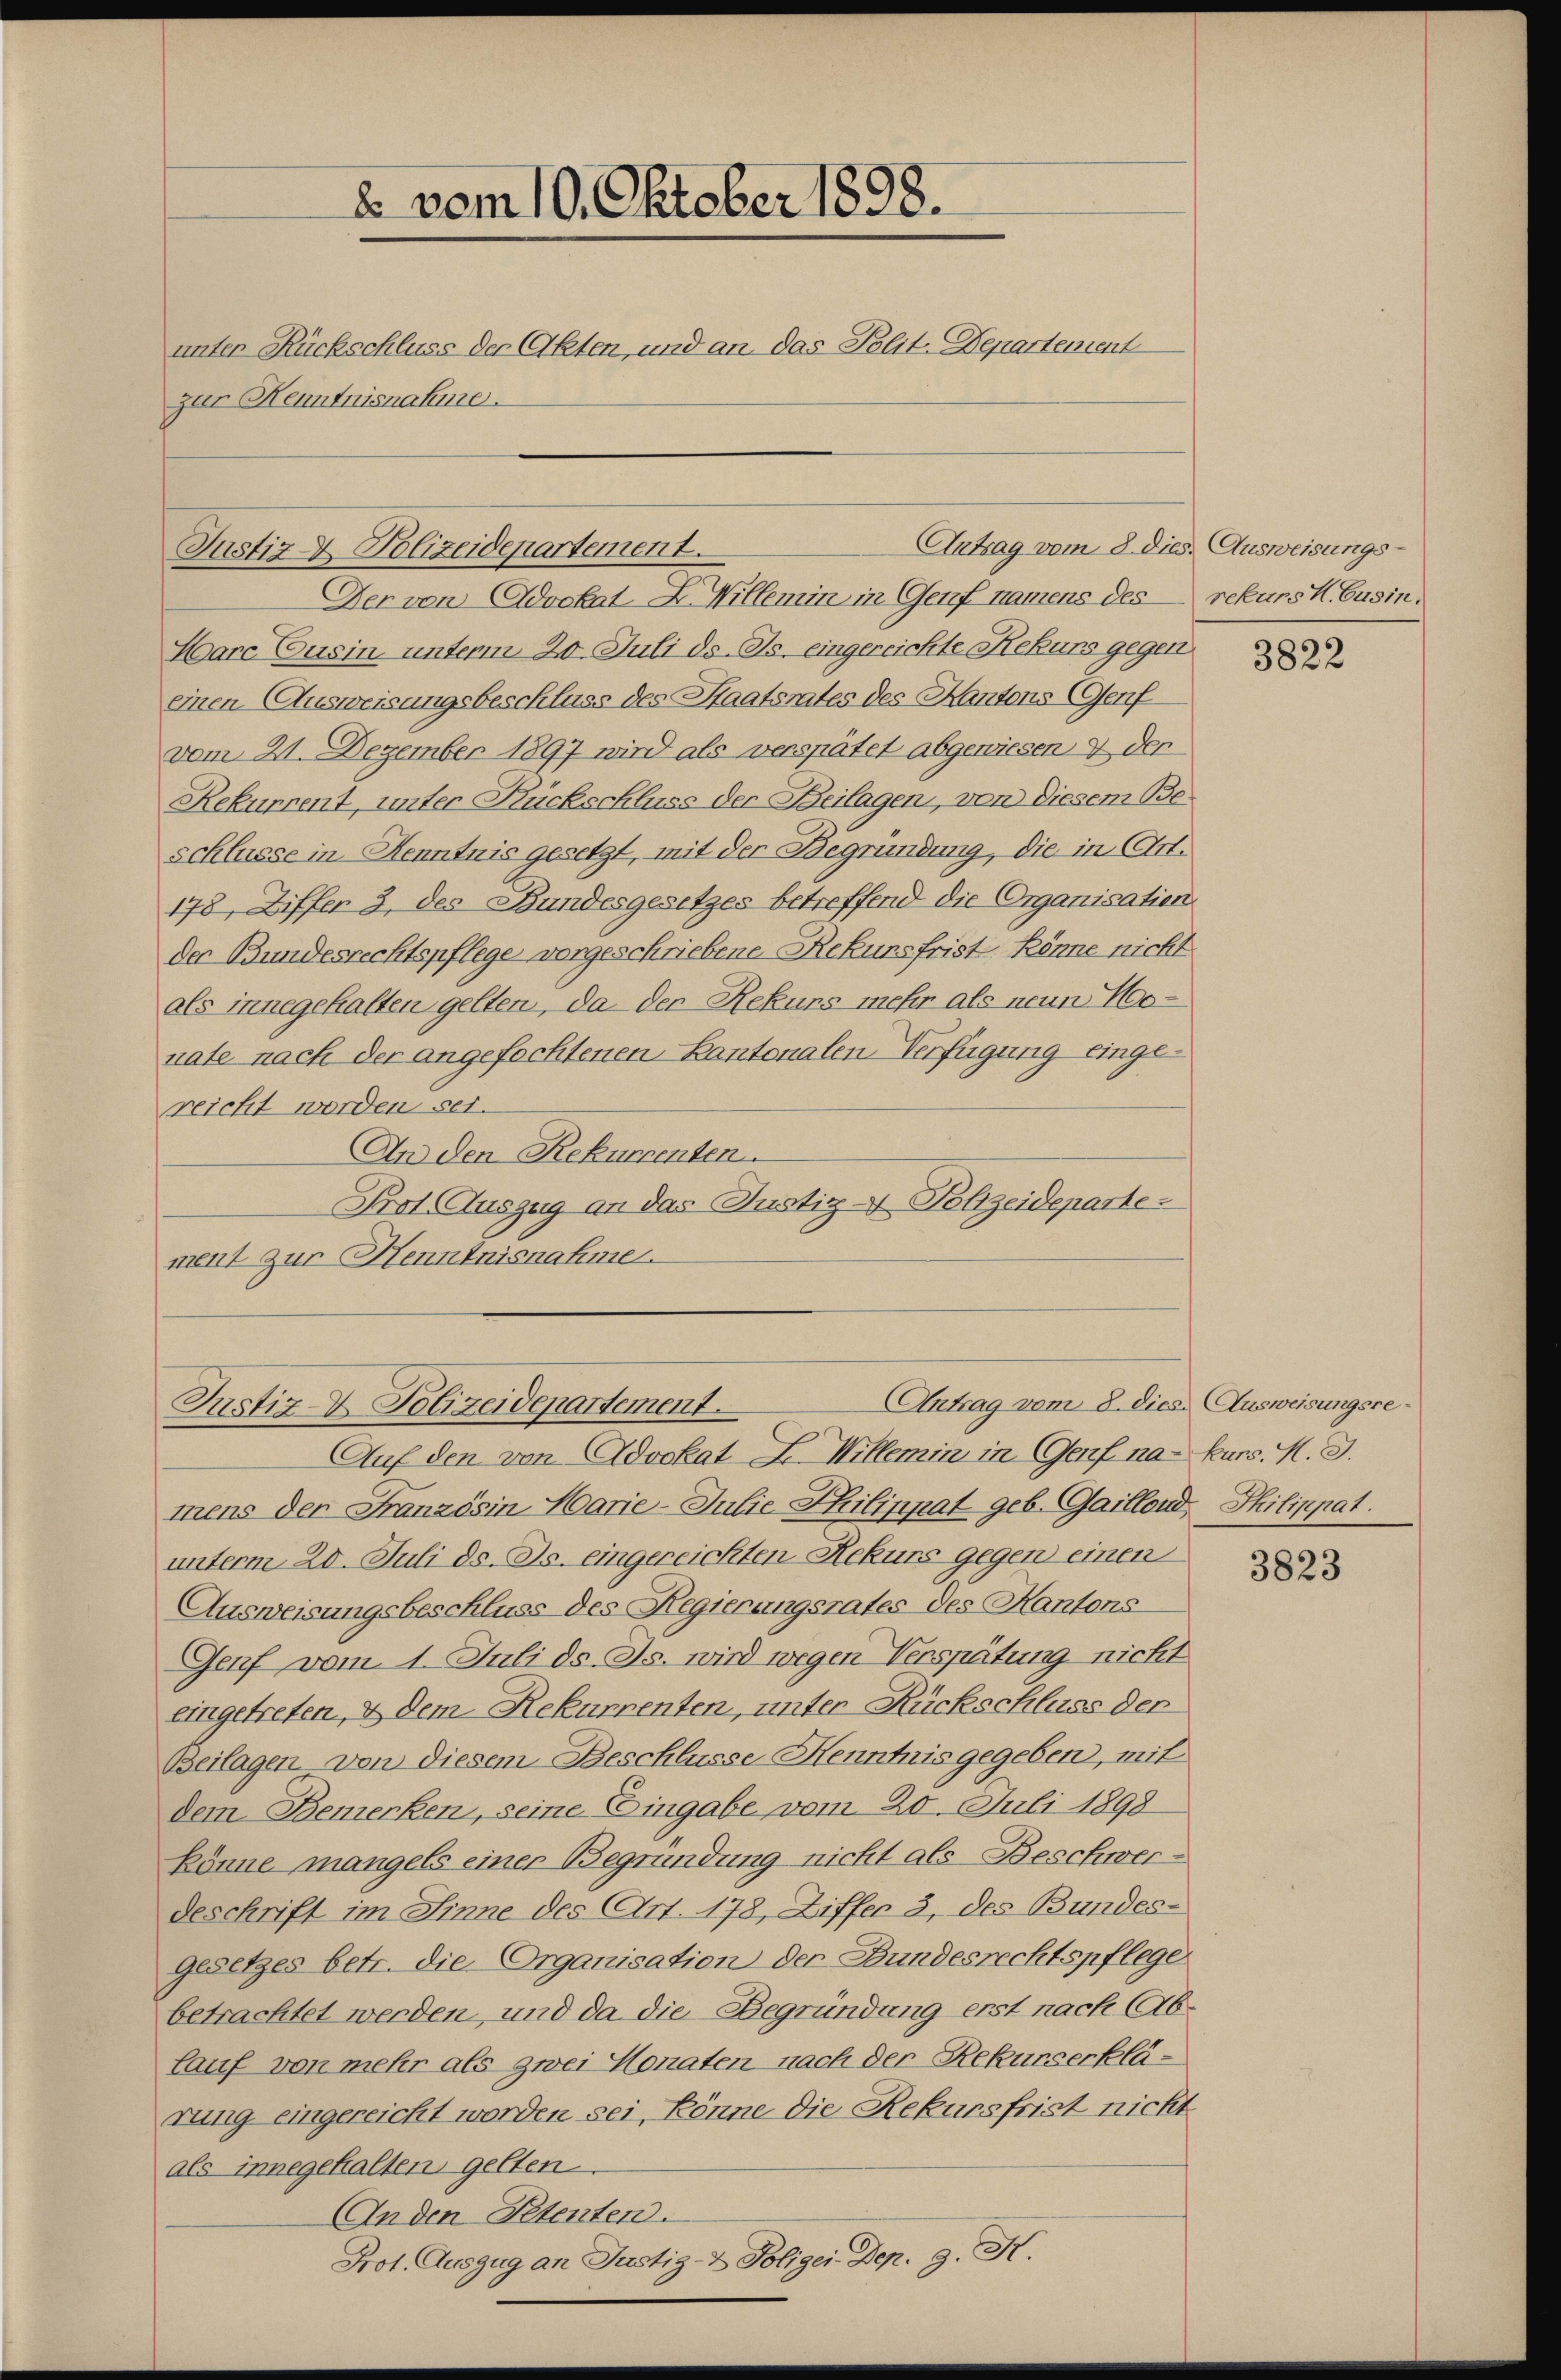
2 vom 10. Oktober 1898.
unter Rückschluss der Eheten, und an das Polit. Departement
zur Kenntnisnahme.

Justiz & Polizeidepartement.

Der von Advokat L. Willemin in Genf namens des rekurs K. Cusin,
Harc Cusin unterm 20. Juli d. Js. eingereichte Rekurs gegen
einen Ausweisungsbeschluss des Staatsrates des Kantons (Genf
vom 21. Dezember 1897 wird als verspätet abgewiesen & der
Rekurrent, unter Rückschluss der Beilagen, von diesem Beschlusse in Kenntnis gesetzt, mit der Begründung, die in Art.
178, Ziffer 3. des Bundesgesetzes betreffend die Organisation
der Bundesrechtspflege vorgeschriebene Rekursfrist könne nicht
als innegehalten gelten, da der Rekurs mehr als neun Nonate nach der angefochtenen Kantonalen Verfügung eingereicht worden sei.
An den Rekurrenten.
Prot. Auszug an das Justiz- Polizeideparte
ment zur Henntnisnahme.

Antrag vom 8. dies. Ausweisungs-

Antrag vom 8. dies Ausweisungsre¬
Justiz- & Polizeidepartement.

Auf den von Advokat L. Willemin in Genf na-kurs. M. D.
mens der Französin Marie-Julie Philippat geb. Gaillond, Philippat.
unterm 20. Juli ds. Js. eingereichten Rekurs gegen einen
Ausweisungsbeschluss des Regierungsrates des Kantons
Genf vom 1. Juli ds. Js. wird wegen Verspätung nicht
eingetreten, & dem Rekurrenten, unter Rückschluss der
Beilagen von diesem Beschlusse Henntnis gegeben, mit
dem Bemerken, seine Eingabe vom 20. Juli 1898
könne mangels einer Begründung nicht als Beschwer¬
Geschrift im Sinne des (Art. 178, Ziffer 3, des Bundes-
gesetzes betr. die Organisation der Bundesrechtspflege
betrachtet werden, und da die Begründung erst nach Ablauf von mehr als zwei Monaten nach der Rekurserklärung eingereicht worden sei, könne die Rekursfrist nicht
als innegehalten, gelten
An den Petenten.
Prot. Auszug an Justiz- & Polizei Dep. 9. X.

3822

3823